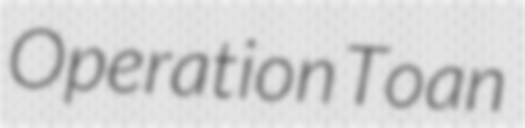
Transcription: Operation Toan